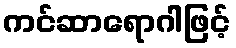
ကင်ဆာရောဂါဖြင့်